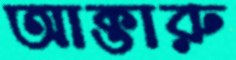
আক্তারু